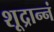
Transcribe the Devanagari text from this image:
शूद्रान्नं